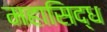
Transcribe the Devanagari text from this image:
महासिद्ध